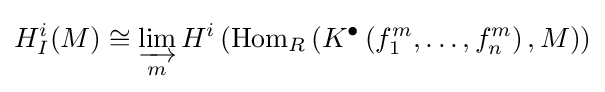
H_{I}^{i}(M)\cong \varinjlim _{m}H^{i}\left(\operatorname {Hom} _{R}\left(K^{\bullet }\left(f_{1}^{m},\dots ,f_{n}^{m}\right),M\right)\right)